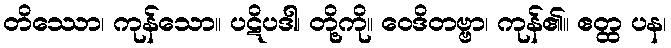
တိဿော၊ ကုန်သော။ ပဋိပဒါ၊ တို့ကို။ ဝေဒိတဗ္ဗာ၊ ကုန်၏။ ဧတ္ထ ပန၊